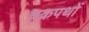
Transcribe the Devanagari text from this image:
चक्रपथों